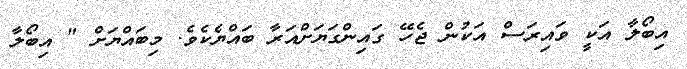
އިބޯލާ އަކީ ވައިރަސް އަކުން ޖެހޭ ގައިންގަޔަށްއަރާ ބައްޔެކެވެ. މިބައްޔަށް " އިބޯލާ